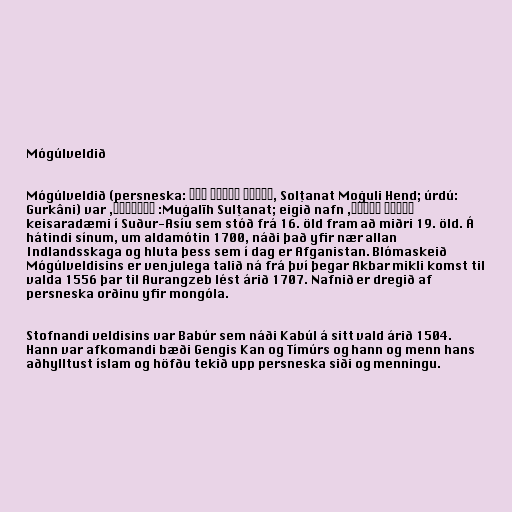
Mógúlveldið

Mógúlveldið (persneska: سلطنت مغولی هند, Solṭanat Moġuli Hend; úrdú:
مغلیہ سلطنت, Muġalīh Sulṭanat; eigið nafn: گوركانى, Gurkâni) var
keisaradæmi í Suður-Asíu sem stóð frá 16. öld fram að miðri 19. öld. Á
hátindi sínum, um aldamótin 1700, náði það yfir nær allan
Indlandsskaga og hluta þess sem í dag er Afganistan. Blómaskeið
Mógúlveldisins er venjulega talið ná frá því þegar Akbar mikli komst til
valda 1556 þar til Aurangzeb lést árið 1707. Nafnið er dregið af
persneska orðinu yfir mongóla.

Stofnandi veldisins var Babúr sem náði Kabúl á sitt vald árið 1504.
Hann var afkomandi bæði Gengis Kan og Tímúrs og hann og menn hans
aðhylltust íslam og höfðu tekið upp persneska siði og menningu.